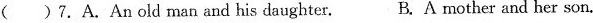
( )7. A.An old man and his daughter. B. A mother and her son.